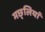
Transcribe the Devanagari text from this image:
मछ्लियां